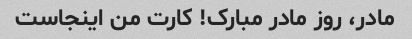
مادر، روز مادر مبارک! کارت من اینجاست